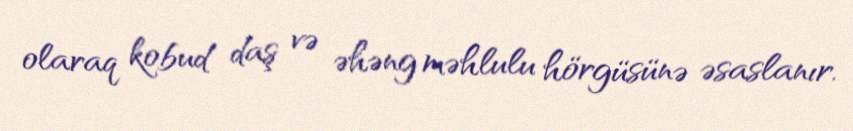
olaraq kobud daş və əhəng məhlulu hörgüsünə əsaslanır.